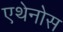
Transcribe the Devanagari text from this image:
एथेनोस